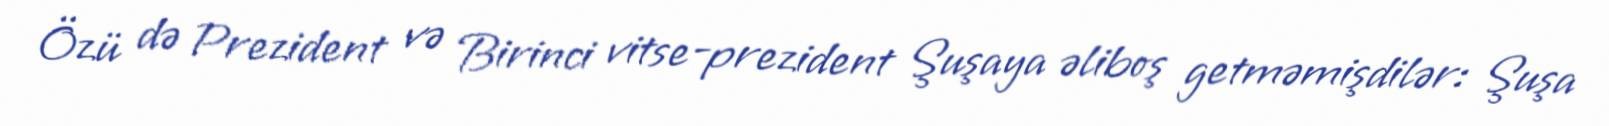
Özü də Prezident və Birinci vitse-prezident Şuşaya əliboş getməmişdilər: Şuşa